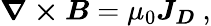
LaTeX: {\boldsymbol{\nabla\times B}}=\mu_{0}{\boldsymbol{J_{D}}}\ ,